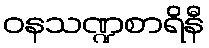
ဝနသဏ္ဍစာရိနီ